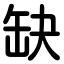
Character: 缺